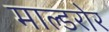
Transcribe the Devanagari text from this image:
माल्डरोर